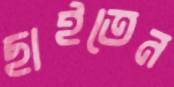
ছাইতেন